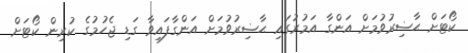
ކޯޓަށް ޙާޟިރުވުމަށް އަންގާ އަމުރުގައި ޙާޟިރުވުމަށް އަންގާފައިވާ ގަޑި ޖެހުމުގެ ކުރިން ކޯޓަށް